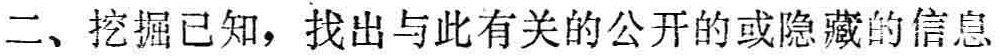
二、挖掘已知，找出与此有关的公开的或隐藏的信息